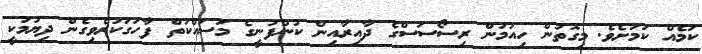
ކަމެއް ކަމަށެވެ. މިގޮތުން ހިއުމަން ރިސޯސަސްގެ ދާއިރާއިން ކުންފުނީގެ މަސައްކަތް ފާހަގަކުރެވިގެން ދިޔުމަކީ